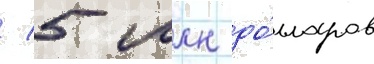
/ 5 млн до́лларов